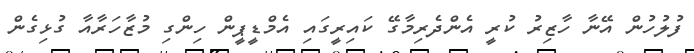
ފުލުހުން އޭނާ ހާޒިރު ކުރީ އެންދެރިމާގޭ ކައިރީގައި އެމްޑީޕީން ހިންގި މުޒާހަރާއާ ގުޅިގެން